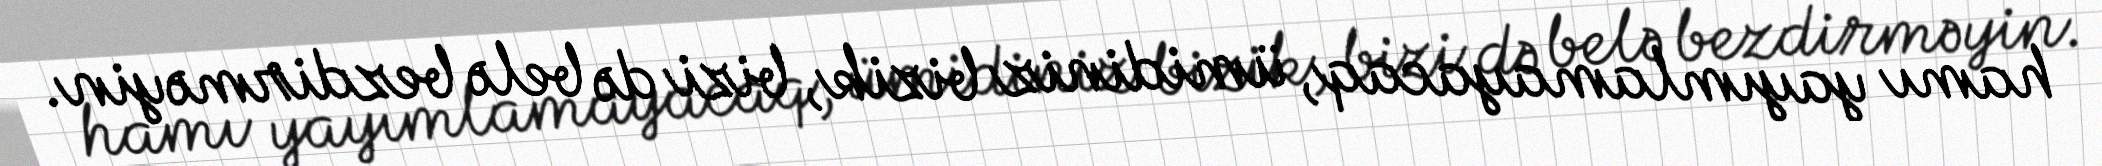
hamı yayımlamayacaq, ümidiniz bizik, bizi də belə bezdirməyin.